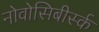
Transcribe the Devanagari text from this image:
नोवोसिबीर्स्क